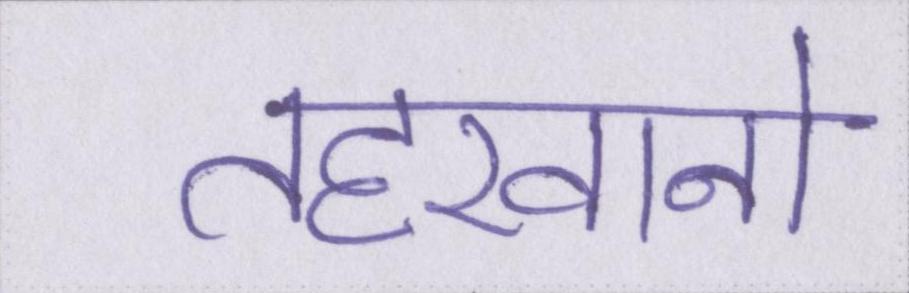
तहखानो